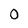
Character: 0